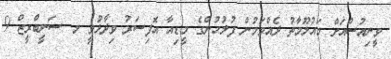
ވީނިއުސްއަށް މައުލޫމާތު ދެއްވަމުން ފުލުހުންގެ މީޑިއާ އޮފިސަރު ވިދާޅުވީ މ. ސަނީބްރީޒް 9